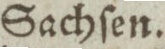
Sachſen.